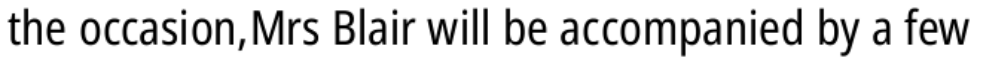
the occasion,Mrs Blair will be accompanied by a few